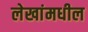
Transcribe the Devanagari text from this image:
लेखांमधील